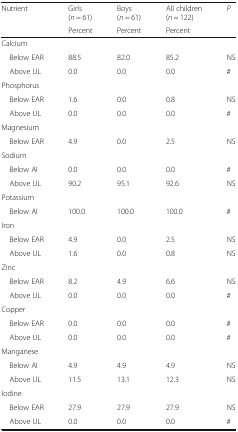
<table><thead><tr><td rowspan="2"><b>Nutrient</b></td><td><b>Girls(<i>n</i> = 61)</b></td><td><b>Boys(<i>n</i> = 61)</b></td><td><b>All children(<i>n</i> = 122)</b></td><td><b><i>P</i></b></td></tr><tr><td><b>Percent</b></td><td><b>Percent</b></td><td><b>Percent</b></td><td></td></tr></thead><tbody><tr><td colspan="5">Calcium</td></tr><tr><td> Below EAR</td><td>88.5</td><td>82.0</td><td>85.2</td><td>NS</td></tr><tr><td> Above UL</td><td>0.0</td><td>0.0</td><td>0.0</td><td>#</td></tr><tr><td colspan="5">Phosphorus</td></tr><tr><td> Below EAR</td><td>1.6</td><td>0.0</td><td>0.8</td><td>NS</td></tr><tr><td> Above UL</td><td>0.0</td><td>0.0</td><td>0.0</td><td>#</td></tr><tr><td colspan="5">Magnesium</td></tr><tr><td> Below EAR</td><td>4.9</td><td>0.0</td><td>2.5</td><td>NS</td></tr><tr><td colspan="5">Sodium</td></tr><tr><td> Below AI</td><td>0.0</td><td>0.0</td><td>0.0</td><td>#</td></tr><tr><td> Above UL</td><td>90.2</td><td>95.1</td><td>92.6</td><td>NS</td></tr><tr><td colspan="5">Potassium</td></tr><tr><td> Below AI</td><td>100.0</td><td>100.0</td><td>100.0</td><td>#</td></tr><tr><td colspan="5">Iron</td></tr><tr><td> Below EAR</td><td>4.9</td><td>0.0</td><td>2.5</td><td>NS</td></tr><tr><td> Above UL</td><td>1.6</td><td>0.0</td><td>0.8</td><td>NS</td></tr><tr><td colspan="5">Zinc</td></tr><tr><td> Below EAR</td><td>8.2</td><td>4.9</td><td>6.6</td><td>NS</td></tr><tr><td> Above UL</td><td>0.0</td><td>0.0</td><td>0.0</td><td>#</td></tr><tr><td colspan="5">Copper</td></tr><tr><td> Below EAR</td><td>0.0</td><td>0.0</td><td>0.0</td><td>#</td></tr><tr><td> Above UL</td><td>0.0</td><td>0.0</td><td>0.0</td><td>#</td></tr><tr><td colspan="5">Manganese</td></tr><tr><td> Below AI</td><td>4.9</td><td>4.9</td><td>4.9</td><td>NS</td></tr><tr><td> Above UL</td><td>11.5</td><td>13.1</td><td>12.3</td><td>NS</td></tr><tr><td colspan="5">Iodine</td></tr><tr><td> Below EAR</td><td>27.9</td><td>27.9</td><td>27.9</td><td>NS</td></tr><tr><td> Above UL</td><td>0.0</td><td>0.0</td><td>0.0</td><td>#</td></tr></tbody></table>